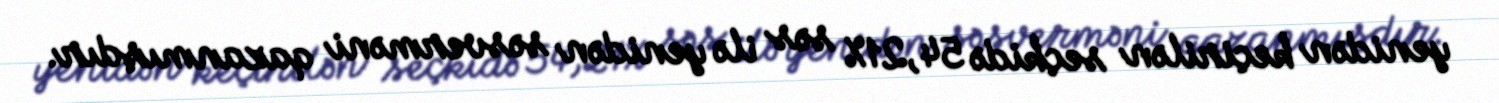
yenidən keçirilən seçkidə 54,21% səs ilə yenidən səsverməni qazanmışdır.